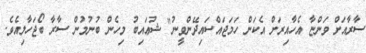
ސާރާއަށް ވަންޏާ އެހާއިރަށް އެކަން ހަމަޖައްސައިދޭންވީނު" ޝުޢައިބު މިހެން ބުނުމުން ސާރާ ބޯޖަހާލިއެވެ.